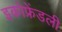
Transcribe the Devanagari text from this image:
इकोफ्रेंडली